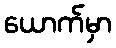
ယောက်မှာ